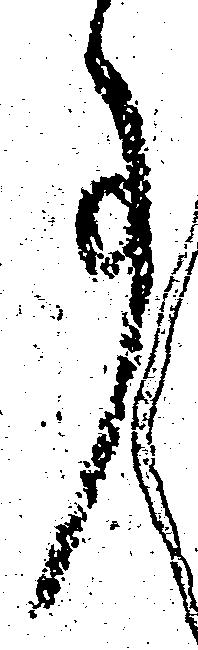
事